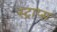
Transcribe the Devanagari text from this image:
स्ट्राप्स